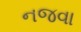
નજવા